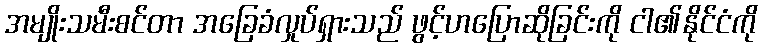
အမျိုးသမီးစင်တာ အခြေခံလှုပ်ရှားသည် ဖွင့်ဟပြောဆိုခြင်းကို ငါ၏နိုင်ငံကို